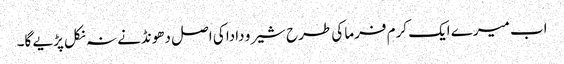
اب میرے ایک کرم فرما کی طرح شیرو دادا کی اصل دھونڈنے نہ نکل پڑیے گا۔